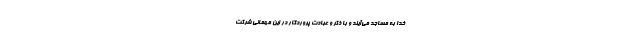
خدا به مساجد می‌آیند و با ذکر و عبادت پروردگار در این مهمانی شرکت